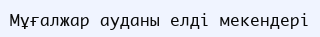
Мұғалжар ауданы елді мекендері